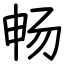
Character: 畅